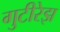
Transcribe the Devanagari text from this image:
गुटीरेझ